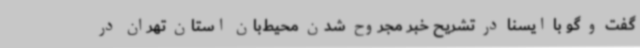
گفت و گو با ایسنا در تشریح خبر مجروح شدن محیط‌بان استان تهران در